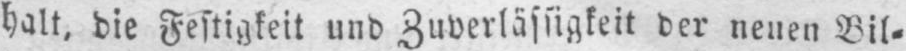
halt, die Festigkeit und Zuverlässigkeit der neuen Bil⸗